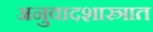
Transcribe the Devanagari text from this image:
अनुवादशास्त्रात